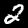
Digit: 2